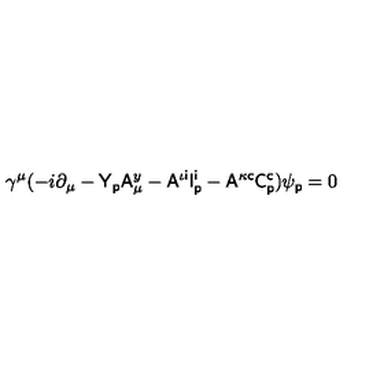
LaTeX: \gamma ^ { \mu } ( - i \partial _ { \mu } - { \sf Y } _ { \sf p } { \sf A } _ { \mu } ^ { y } - { \sf A } ^ { \iota { \sf i } } { \sf I } _ { \sf p } ^ { \sf i } - { \sf A } ^ { \kappa { \sf c } } { \sf C } _ { \sf p } ^ { \sf c } ) \psi _ { \sf p } = 0